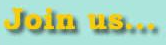
Join us...